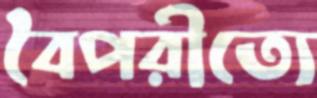
বৈপরীত্যে